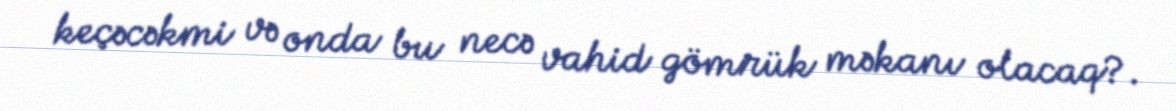
keçəcəkmi və onda bu necə vahid gömrük məkanı olacaq?.